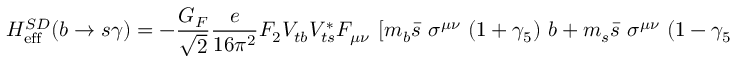
{ \cal H } _ { \mathrm { e f f } } ^ { S D } ( b \to s \gamma ) = - \frac { G _ { F } } { \sqrt { 2 } } \frac { e } { 1 6 \pi ^ { 2 } } F _ { 2 } V _ { t b } V _ { t s } ^ { * } F _ { \mu \nu } ~ \left[ m _ { b } \bar { s } ~ \sigma ^ { \mu \nu } ~ ( 1 + \gamma _ { 5 } ) ~ b + m _ { s } \bar { s } ~ \sigma ^ { \mu \nu } ~ ( 1 - \gamma _ { 5 } ) ~ b \right] \; ,